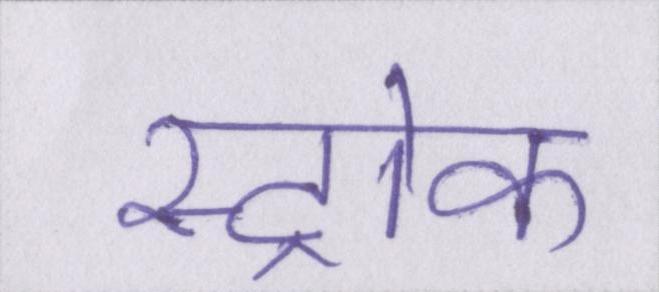
स्ट्रोक